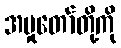
အမှုတော်တို့ကို